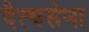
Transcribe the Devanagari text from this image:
दैत्यसेना